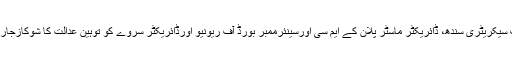
عدالت نے چیف سیکریٹری سندھ، ڈائریکٹر ماسٹر پلان کے ایم سی اورسینئرممبر بورڈ آف ریونیو اورڈائریکٹر سروے کو توہین عدالت کا شوکازجاری کردیئے ہیں۔